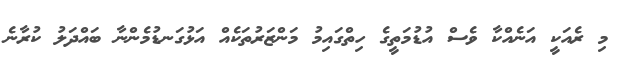
މި ރެއަކީ އަނެއްކާ ވެސް އުޑުމަތީގެ ހިތްގައިމު މަންޒަރުތަކެއް އަޅުގަނޑުމެންނާ ބައްދަލު ކުރާނެ